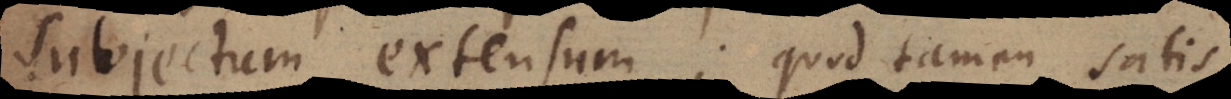
us. extensum; quod tamen satis